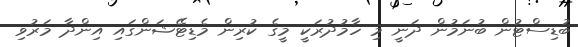
ބުޑިސްޓުން ބުނަމުން ދަނީ މި ހާމުދުރަކީ މީގެ ކުރިން މެޑިޓޭޝަންގައި އިންދާ މަރުވި